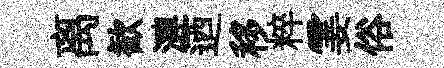
离歓漣迺移粹霎俗